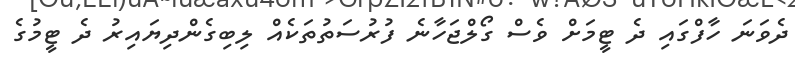
ދެވަނަ ހާފްގައި ދެ ޓީމަށް ވެސް ގޯލްޖަހާނެ ފުރުސަތުތަކެއް ލިބިގެންދިޔައިރު ދެ ޓީމުގެ